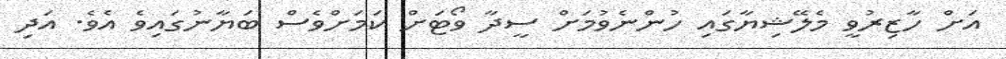
އަށް ހާޒިރުވީ މެލޭޝިޔާގައި ހުންނެވުމަށް ސީދާ ވޯޓަށް ކަމަށްވެސް ބަޔާނުގައިވެ އެވެ. އަދި